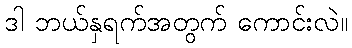
ဒါ ဘယ်နှရက်အတွက် ကောင်းလဲ။